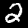
Label: 2